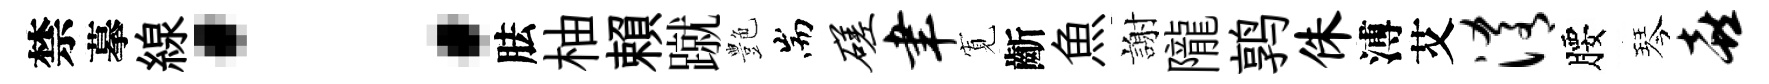
禁摹線：胠柚賴蹴艶耑磋聿𡩖齗魚謝隴鹑侏溥艾淆腰琴喜